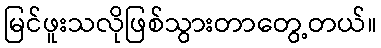
မြင်ဖူးသလိုဖြစ်သွားတာတွေ့တယ်။